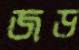
জড়